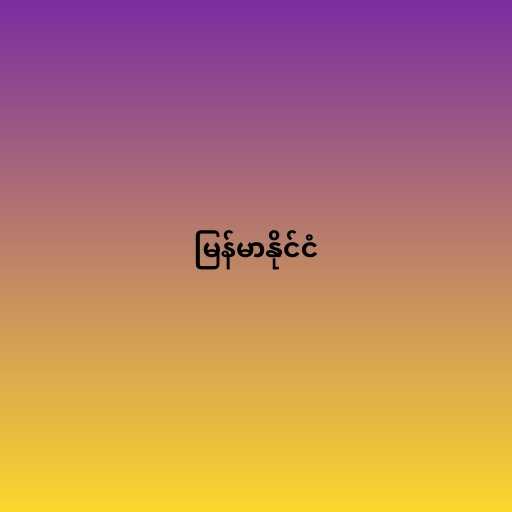
မြန်မာနိုင်ငံ